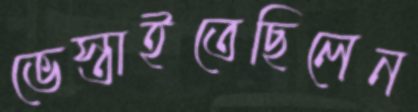
ভেস্তাইতেছিলেন